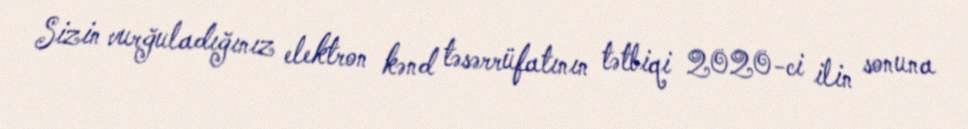
Sizin vurğuladığınız elektron kənd təsərrüfatının tətbiqi 2020-ci ilin sonuna